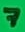
Text: 7